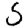
Digit: 5